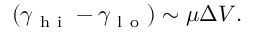
( \gamma _ { \mathrm { ~ h ~ i ~ } } - \gamma _ { \mathrm { ~ l ~ o ~ } } ) \sim \mu \Delta V .